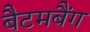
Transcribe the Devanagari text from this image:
बैटमबैंग